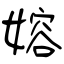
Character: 嫆